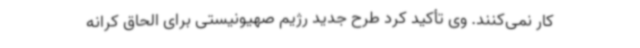
کار نمی‌کنند. وی تأکید کرد طرح جدید رژیم صهیونیستی برای الحاق کرانه